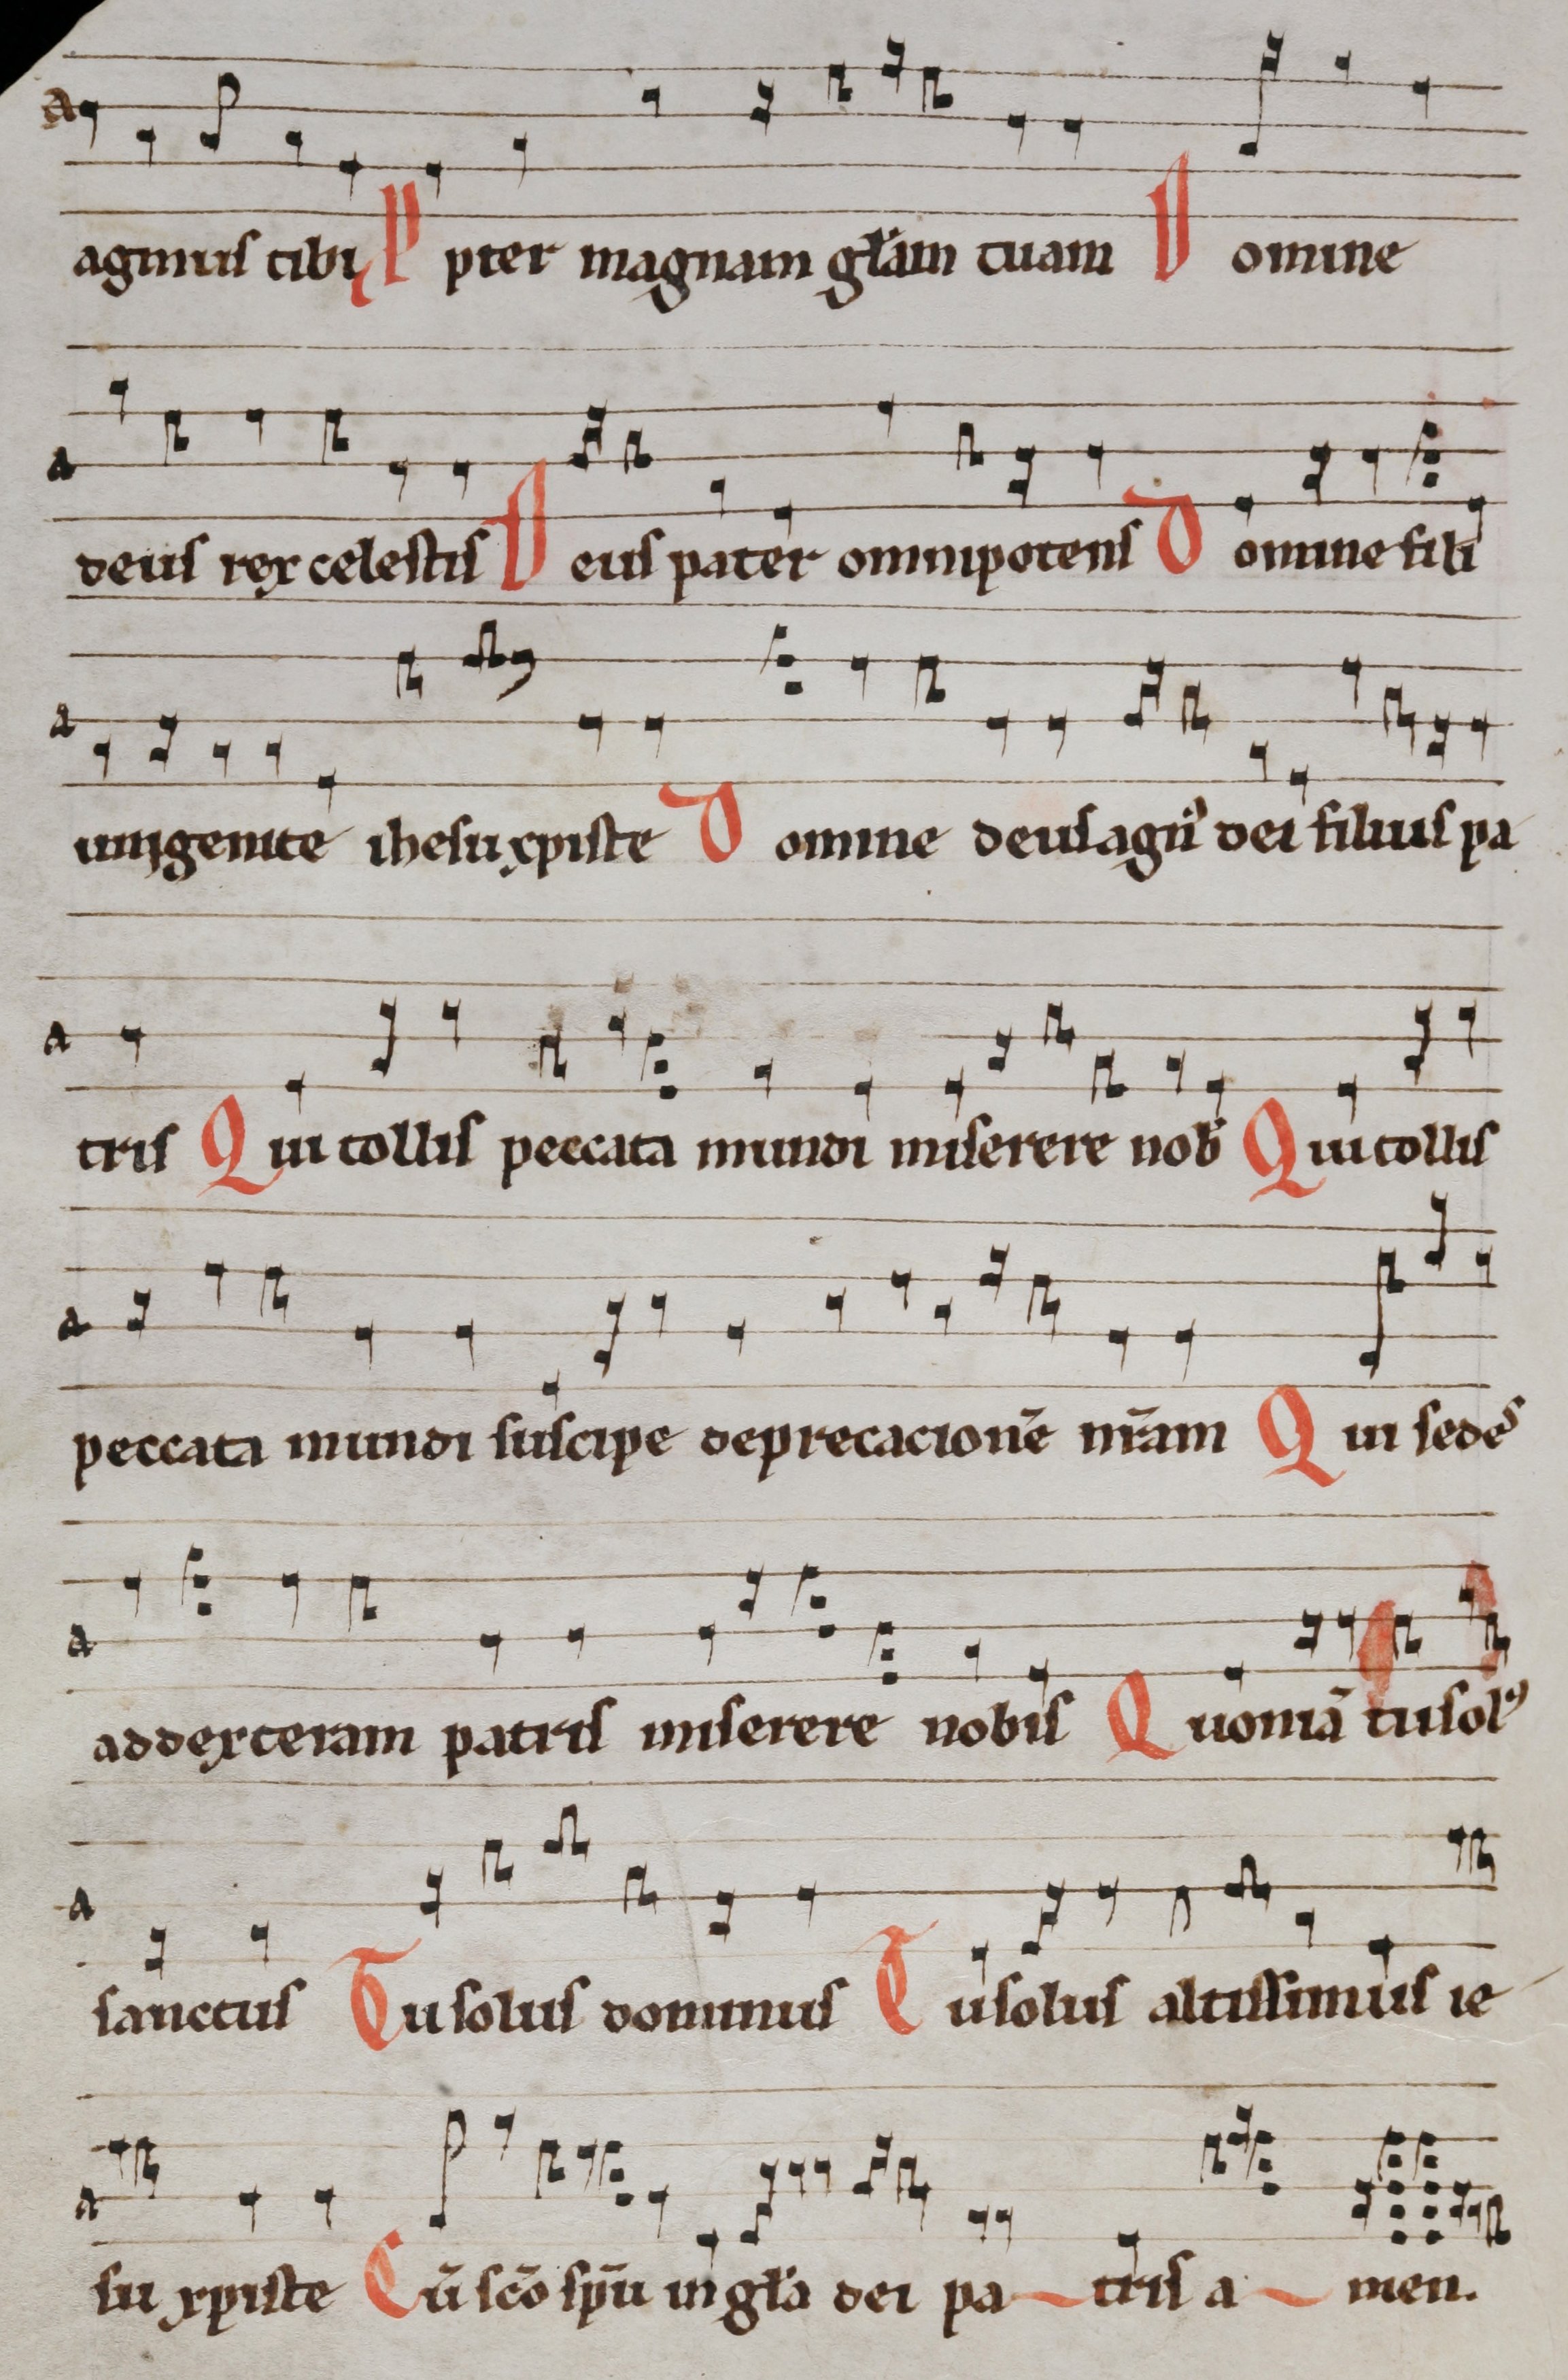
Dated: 1290–1309